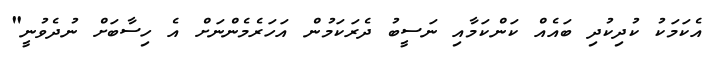
އެކަމަކު ކުދިކުދި ބައެއް ކަންކަމާއި ނަސީބު ދެރަކަމުން އަހަރެމެންނަށް އެ ހިސާބަށް ނުދެވުނީ"